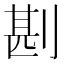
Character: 𠝻